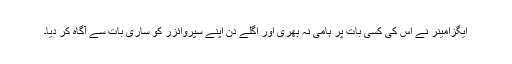
ایگزامینر نے اُس کی کسی بات پر ہامی نہ بھری اور اگلے دِن اپنے سُپروائزر کو ساری بات سے آگاہ کر دیا۔